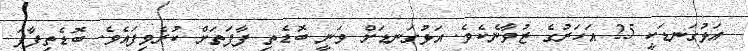
އަޅުގަނޑަކީ 25 އަހަރުގެ ޒުވާނެކެވެ. އަޅުގަނޑަށް ވަނީ ބޮޑެތި ފާފަތަށް ކުރެވިފައެވެ. ބޮޑެތިފާފަ